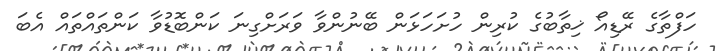
ހަފްތާގެ ރޭޑިއޯ ޚިތާބުގެ ކުރިން ހުށަހަޅަން ބޭނުންވާ ވަރަށްގިނަ ކަންބޮޑުވާ ކަންތައްތައް އެބަ